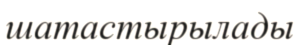
шатастырылады